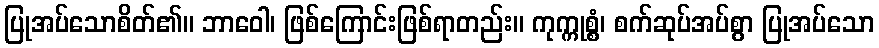
ပြုအပ်သောစိတ်၏။ ဘာဝေါ၊ ဖြစ်ကြောင်းဖြစ်ရာတည်း။ ကုက္ကုစ္စံ၊ စက်ဆုပ်အပ်စွာ ပြုအပ်သော